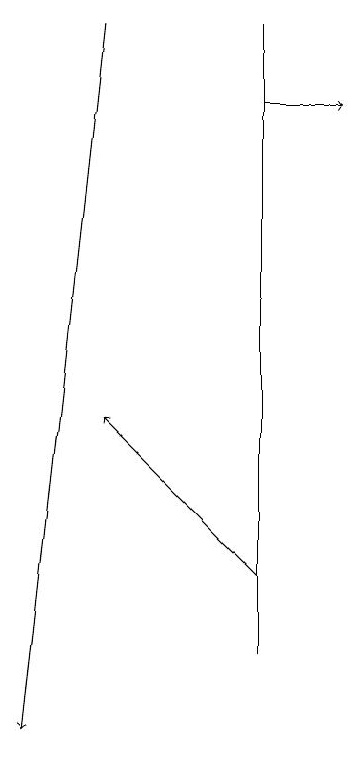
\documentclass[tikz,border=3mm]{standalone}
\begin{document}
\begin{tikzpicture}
\draw (6,11) rectangle (6,19);
\draw[->] (6,18) -- (7,18);
\draw[->] (4,19) -- (3,10);
\draw[->] (6,12) -- (4,14);
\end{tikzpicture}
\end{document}